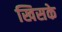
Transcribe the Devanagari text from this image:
खिसके